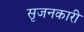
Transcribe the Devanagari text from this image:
सृजनकारी